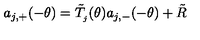
a _ { j , + } ( - \theta ) = \tilde { T } _ { _ { j } } ( \theta ) a _ { j , - } ( - \theta ) + \tilde { R }